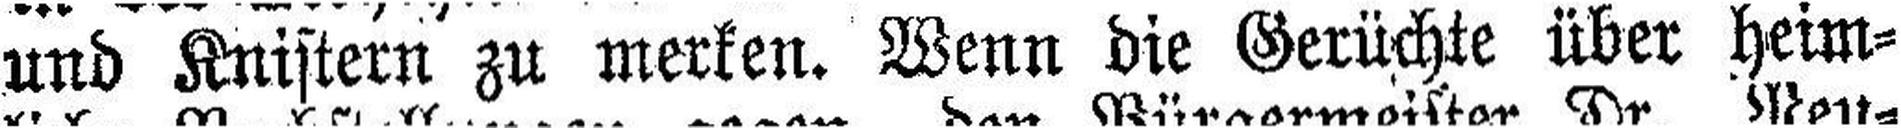
und Knistern zu merken. Wenn die Gerüchte über heim¬